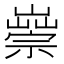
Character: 𡽿